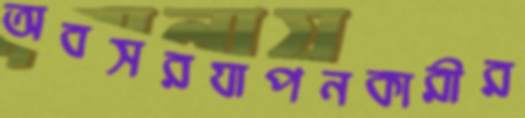
অবসরযাপনকারীর